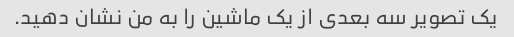
یک تصویر سه بعدی از یک ماشین را به من نشان دهید.